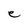
Character: e